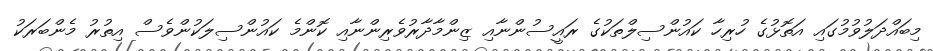
މިބައްދަލުވުމުގައި އަތޮޅުގެ ހުރިހާ ކައުންސިލްތަކުގެ ރައީސުންނާއި ޒިންމާދާރުވެރިންނާއި ކޮންމެ ކައުންސިލަކުންވެސް އިތުރު މެންބަރަކު